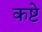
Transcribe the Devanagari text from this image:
कष्टे